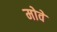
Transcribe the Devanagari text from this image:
मोवे